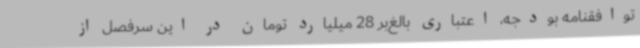
توافقنامه بودجه، اعتباری بالغ‌بر 28 میلیارد تومان در این سرفصل از